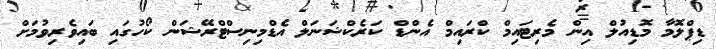
ޑިޕްލޮމާ މޮޑިއުލް އިން މެރިޓައިމް ކްރައިމް އެންޑް ކަރެކްޝަނަލް އެޑްމިނިސްޓްރޭޝަން ކޯހުގައި ބައިވެރިވުމަށް